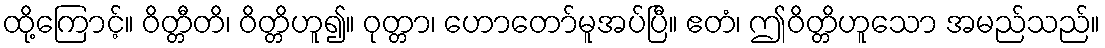
ထို့ကြောင့်။ ဝိတ္တီတိ၊ ဝိတ္တိဟူ၍။ ဝုတ္တာ၊ ဟောတော်မူအပ်ပြီ။ ဧတံ၊ ဤဝိတ္တိဟူသော အမည်သည်။